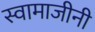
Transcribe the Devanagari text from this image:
स्वामाजीनी